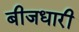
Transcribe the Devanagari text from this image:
बीजधारी